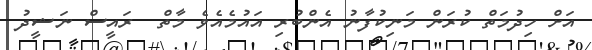
އަށް ހިދުމަތް ކުރަން މަނިކުފާނު އެންބުރި އައުމެއެވެ މާތް  ރައީސް ނަޝީދު